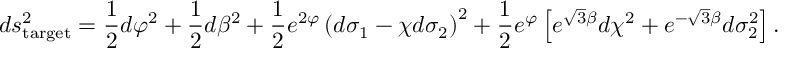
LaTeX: d s _ { \mathrm { t a r g e t } } ^ { 2 } = \frac { 1 } { 2 } d \varphi ^ { 2 } + \frac { 1 } { 2 } d \beta ^ { 2 } + \frac { 1 } { 2 } e ^ { 2 \varphi } \left( d \sigma _ { 1 } - \chi d \sigma _ { 2 } \right) ^ { 2 } + \frac { 1 } { 2 } e ^ { \varphi } \left[ e ^ { \sqrt { 3 } \beta } d \chi ^ { 2 } + e ^ { - \sqrt { 3 } \beta } d \sigma _ { 2 } ^ { 2 } \right] .